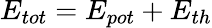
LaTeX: E_{tot}=E_{pot}+E_{th}